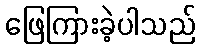
ဖြေကြားခဲ့ပါသည်